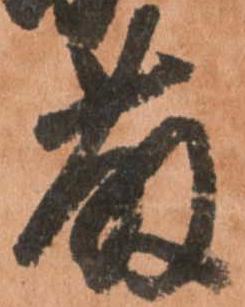
藤